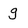
Character: g